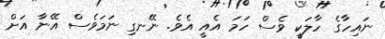
ނައިހާގެ ހާލަކީ ވެސް ހަމަ އެއީ އެވެ. ނޭނގި ނަމަވެސް އޭނާ އަށް